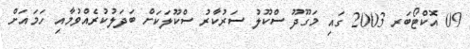
09 އޮކްޓޯބަރ 2003 ގައި މަގޫދޫ ސްކޫލު ސަރުކާރު ސްކޫލަކަށް ބަދަލުކުރެއްވުމާއި ހަމައަށް